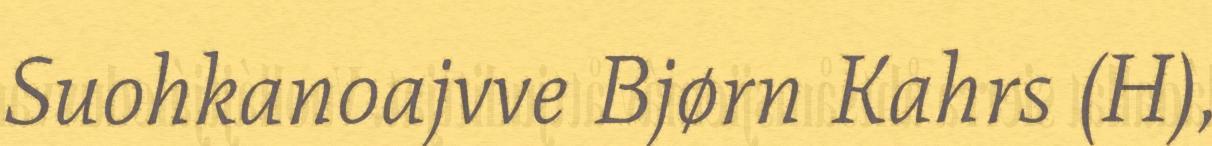
Suohkanoajvve Bjørn Kahrs (H),